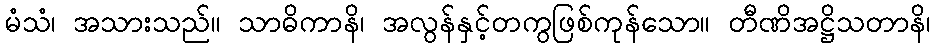
မံသံ၊ အသားသည်။ သာဓိကာနိ၊ အလွန်နှင့်တကွဖြစ်ကုန်သော။ တီဏိအဋ္ဌိသတာနိ၊